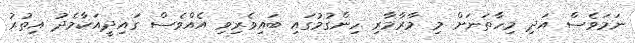
ނަމަވެސް އަދި މިހާތަނަށް މި މާރާމާރި ހިންގުމުގައި ބައިވެރިވި އެއްވެސް ގައިދީއަކާމެދު އިތުރު